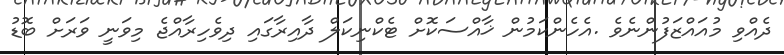
ދެއްވި މުއައްޒަފުންނެވެ .އެހެންކަމުން ޚާއްސަކޮށް ޓެކްނިކަލް ދާއިރާގައި ދިވެހިރާއްޖެ މިވަނީ ވަރަށް ބޮޑު